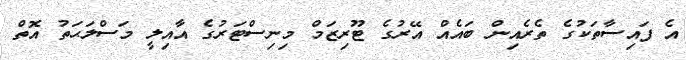
އެ ފައިސާތަކުގެ ތެރެއިން ބައެއް އޭރުގެ ޓޫރިޒަމް މިނިސްޓަރުގެ އާއިލީ މަސްލަޙަތު އޮތް